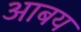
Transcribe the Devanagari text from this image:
आबय